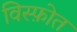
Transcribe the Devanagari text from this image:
विस्फ़ोत